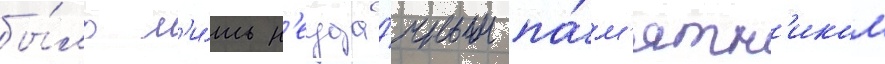
бы́ло л'и́шь н'еуда́чным па́м'ятн'иком